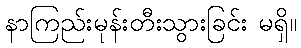
နာကြည်းမုန်းတီးသွားခြင်း မရှိ။